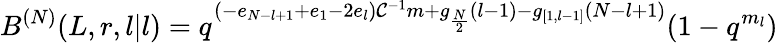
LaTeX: B^{(N)}(L,r,l|l)=q^{(-e_{N-l+1}+e_{1}-2e_{l})\mathcal{C}^{-1}m+g_{\frac{{N}}{{2}}}(l-1)-g_{[1,l-1]}(N-l+1)}(1-q^{m_{l}})